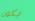
يكون